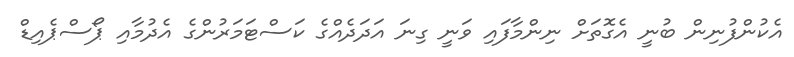
އެކުންފުނިން ބުނީ އެގޮތަށް ނިންމާފައި ވަނީ ގިނަ އަދަދެއްގެ ކަސްޓަމަރުންގެ އެދުމާއި ޕޯސްޕެއިޑް